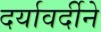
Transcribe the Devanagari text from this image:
दर्यावर्दीने